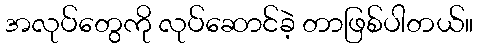
အလုပ်တွေကို လုပ်ဆောင်ခဲ့ တာဖြစ်ပါတယ်။